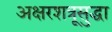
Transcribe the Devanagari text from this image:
अक्षरशत्रूसुद्धा